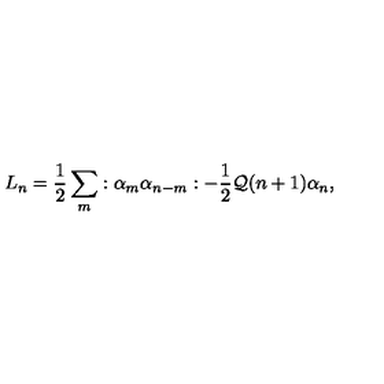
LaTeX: L _ { n } = \frac { 1 } { 2 } \sum _ { m } : \alpha _ { m } \alpha _ { n - m } : - \frac { 1 } { 2 } { \cal Q } ( n + 1 ) \alpha _ { n } ,